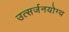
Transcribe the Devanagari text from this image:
उत्सर्जनयोग्य